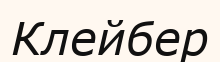
Клейбер